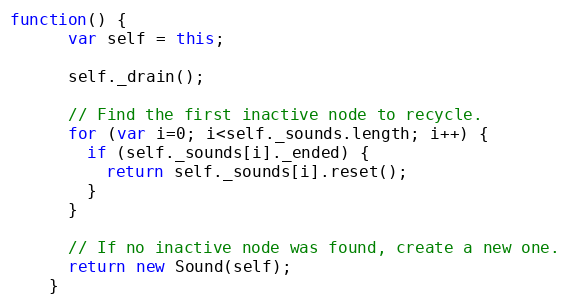
Language: JavaScript
function() {
      var self = this;

      self._drain();

      // Find the first inactive node to recycle.
      for (var i=0; i<self._sounds.length; i++) {
        if (self._sounds[i]._ended) {
          return self._sounds[i].reset();
        }
      }

      // If no inactive node was found, create a new one.
      return new Sound(self);
    }